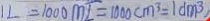
1 L = 1 0 0 0 m L = 1 0 0 0 c m ^ { 3 } = 1 d m ^ { 3 }